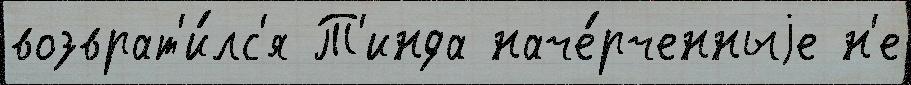
возврат'и́лс'я Т'инда наче́рченныjе н'е